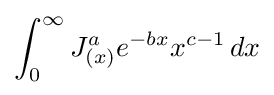
\int _{0}^{\infty }J_{(x)}^{a}e^{-bx}x^{c-1}\,dx